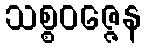
သစ္စဝဇ္ဇေန